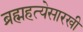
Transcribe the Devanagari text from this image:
ब्रह्महत्येसारखी